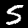
Digit: 5